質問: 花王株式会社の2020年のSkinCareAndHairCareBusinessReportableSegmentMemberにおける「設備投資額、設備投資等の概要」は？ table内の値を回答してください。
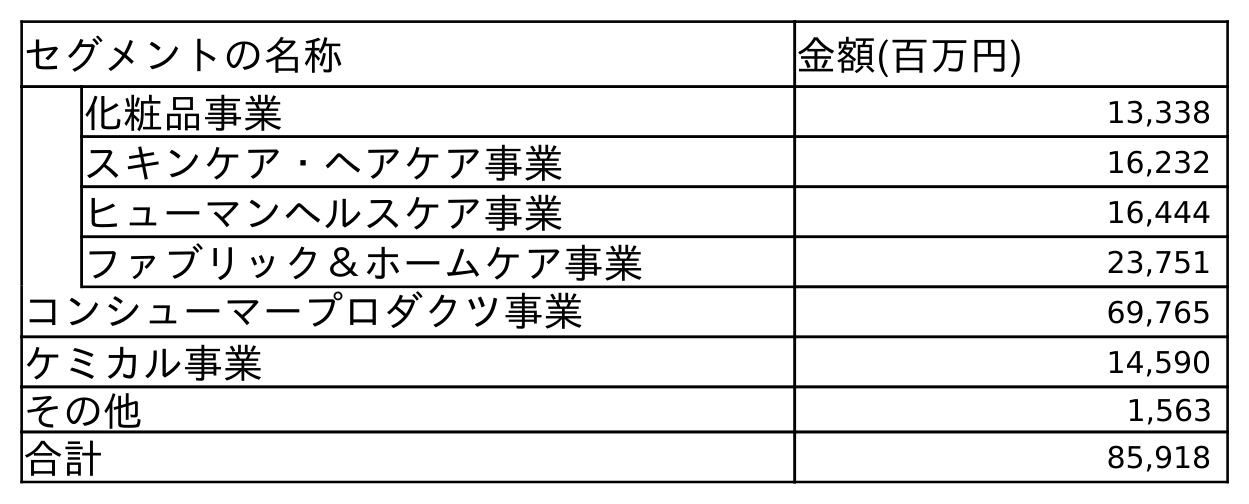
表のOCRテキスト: セグメントの名称 金額(百万円) 化粧品事業 13,338 スキンケア・ヘアケア事業 16,232 ヒューマンヘルスケア事業 16,444 ファブリック＆ホームケア事業 23,751 コンシューマープロダクツ事業 69,765 ケミカル事業 14,590 その他 1,563 合計 85,918
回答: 16,232